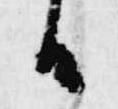
候